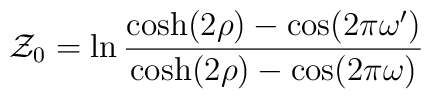
{\cal Z}_0=\ln\frac{\cosh(2 \rho)-\cos(2\pi\omega')}{\cosh(2 \rho)-\cos(2\pi\omega)}